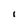
Character: I